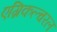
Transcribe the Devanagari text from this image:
एग्रिकल्चरल